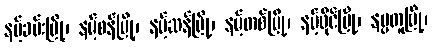
နမ့်ခမ်းမြို့၊ နမ့်စန်မြို့၊ နမ့်ဆန်မြို့၊ နမ့်တစ်မြို့၊ နမ့်ဖိုင်မြို့၊ နမ္မတူမြို့၊